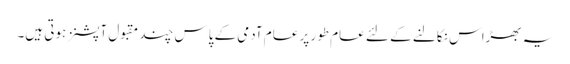
یہ بھڑاس نکالنے کے لئے عام طور پر عام آدمی کے پاس چند مقبول آپشنز ہوتی ہیں۔